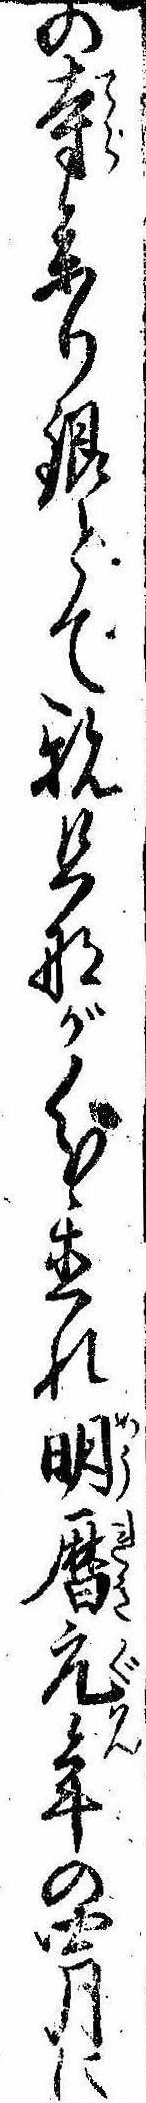
の寺参り銀とて親旦那が分置れ明暦元年の四月に